Indian journal of veterinary science and animal husbandry - Volume 11,
Year: 1941
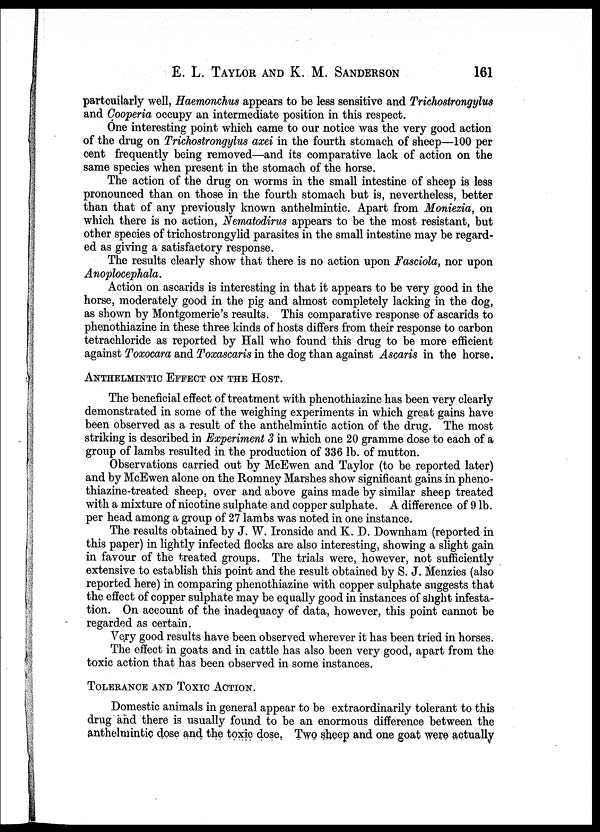
E. L. TAYLOR AND K. M.
SANDERSON
161
partcuilarly well, Haemonchus appears to be less sensitive and Trichostrongylus
and Cooperia occupy an intermediate position in this respect.
One interesting point which came to our notice was the very good action
of the drug on Trichostrongylus axei in the fourth stomach of sheep—100 per
cent frequently being removed—and its comparative lack of action on the
same species when present in the stomach of the horse.
The action of the drug on worms in the small intestine of sheep is less
pronounced than on those in the fourth stomach but is, nevertheless, better
than that of any previously known anthelmintic. Apart from Moniezia, on
which there is no action, Nematodirus appears to be the most resistant, but
other species of trichostrongylid parasites in the small intestine may be regard-
ed as giving a satisfactory response.
The results clearly show that there is no action upon Fasciola, nor upon
Anoplocephala.
Action on ascarids is interesting in that it appears to be very good in the
horse, moderately good in the pig and almost completely lacking in the dog,
as shown by Montgomerie's results. This comparative response of ascarids to
phenothiazine in these three kinds of hosts differs from their response to carbon
tetrachloride as reported by Hall who found this drug to be more efficient
against Toxocara and Toxascaris in the dog than against Ascaris in the horse.
ANTHELMINTIC EFFECT ON THE HOST.
The beneficial effect of treatment with phenothiazine has been very clearly
demonstrated in some of the weighing experiments in which great gains have
been observed as a result of the anthelmintic action of the drug. The most
striking is described in Experiment 3 in which one 20 gramme dose to each of a
group of lambs resulted in the production of 336 lb. of mutton.
Observations carried out by McEwen and Taylor (to be reported later)
and by McEwen alone on the Romney Marshes show significant gains in pheno-
thiazine-treated sheep, over and above gains made by similar sheep treated
with a mixture of nicotine sulphate and copper sulphate. A difference of 9 lb.
per head among a group of 27 lambs was noted in one instance.
The results obtained by J. W. Ironside and K. D. Downham (reported in
this paper) in lightly infected flocks are also interesting, showing a slight gain
in favour of the treated groups. The trials were, however, not sufficiently
extensive to establish this point and the result obtained by S. J. Menzies (also
reported here) in comparing phenothiazine with copper sulphate suggests that
the effect of copper sulphate may be equally good in instances of slight infesta-
tion. On account of the inadequacy of data, however, this point cannot be
regarded as certain.
Very good results have been observed wherever it has been tried in horses.
The effect in goats and in cattle has also been very good, apart from the
toxic action that has been observed in some instances.
TOLERANCE AND TOXIC ACTION.
Domestic animals in general appear to be extraordinarily tolerant to this
drug and there is usually found to be an enormous difference between the
anthelmintic dose and the toxic dose. Two sheep and one goat were actually